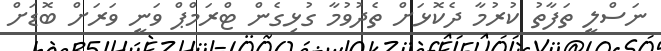
ނަސްލީ ތަފާތު ކުރުމާ ދެކޮޅަށް ތެދުވުމާ ގުޅިގެން ޓްރަމްޕް ވަނީ ވަރަށް ބޮޑަށް